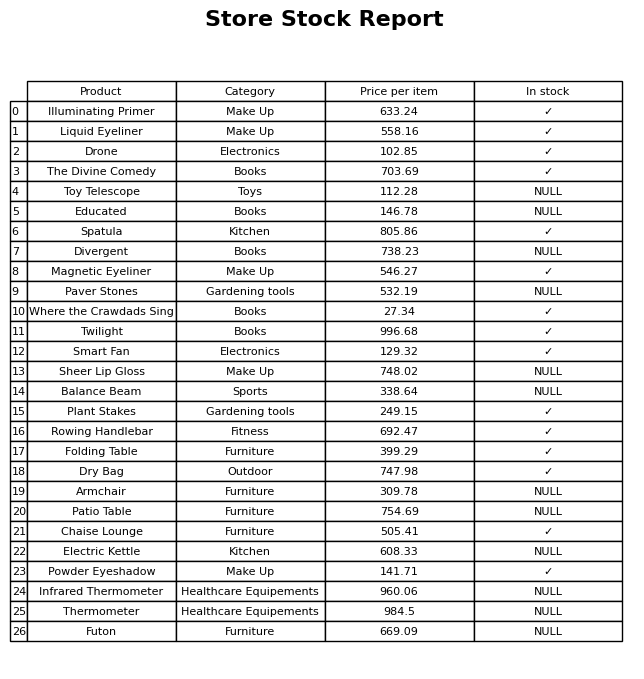
question: Which products are available in stock?
answer: Illuminating Primer, Liquid Eyeliner, Drone, The Divine Comedy, Spatula, Magnetic Eyeliner, Where the Crawdads Sing, Twilight, Smart Fan, Plant Stakes, Rowing Handlebar, Folding Table, Dry Bag, Chaise Lounge, Powder Eyeshadow